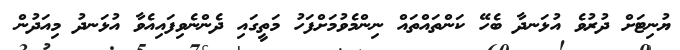
ޔުނިޓަށް ދުރުވެ އުޅަނދާ ބެހޭ ކަންތައްތައް ނިންމެވުމަށްފަހު މަތީގައި ދެންނެވިފައިއެވާ އުޅަނދު މިއަދުން